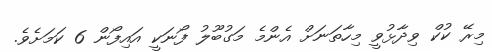
މިރޭ ކުކް ވިދާޅުވީ މިހާތަނަށް އެންމެ މަގުބޫލު ފޯނަކީ އައިފޯން 6 ކަމަށެވެ.